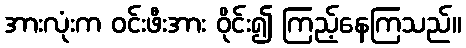
အားလုံးက ဝင်းဖီးအား ဝိုင်း၍ ကြည့်နေကြသည်။